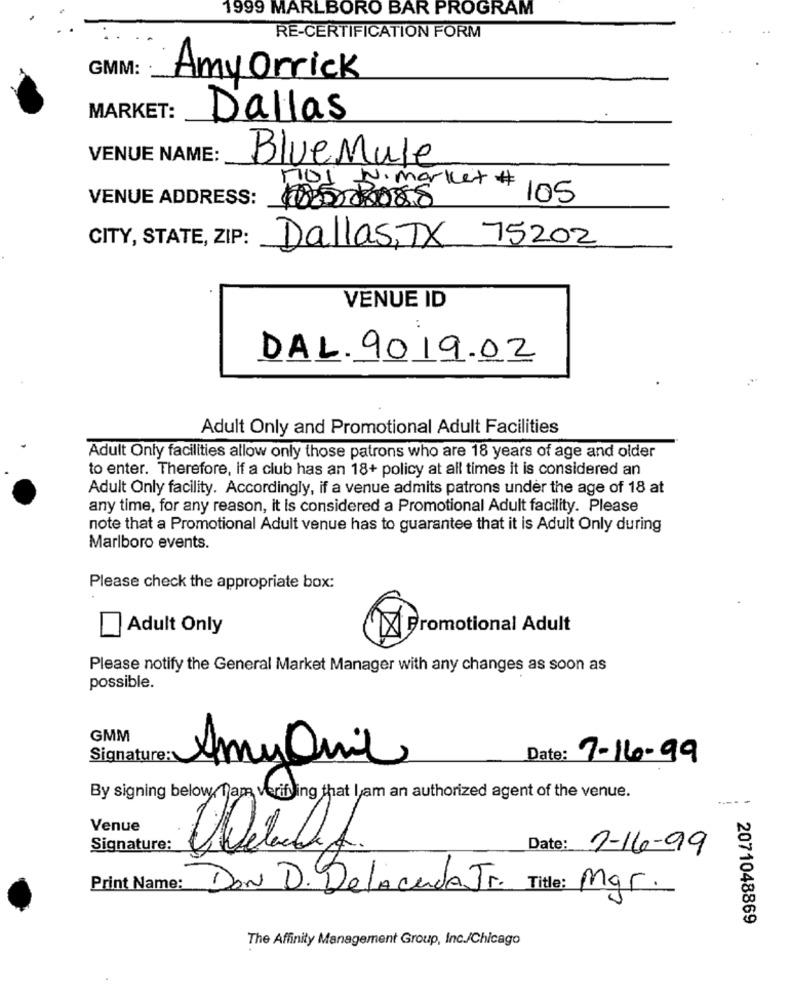
1999 MARLBORO BAR PROGRAM
RE-CERTIFICATION FORM
GMM:
Amy Orrick
MARKET:
Dallas
VENUE NAME:
Blue Mule
MOI N. market #
VENUE ADDRESS:
105
CITY, STATE, ZIP:
Dallas, TX 75202
VENUE ID
DAL. 9019.02
Adult Only and Promotional Adult Facilities
Adult Only facilities allow only those patrons who are 18 years of age and older
to enter. Therefore, If a club has an 18+ policy at all times it is considered an
Adult Only facility. Accordingly, if a venue admits patrons under the age of 18 at
any time, for any reason, it is considered a Promotional Adult facility. Please
note that a Promotional Adult venue has to guarantee that it is Adult Only during
Marlboro events.
Please check the appropriate box:
Adult Only
X Promotional Adult
Please notify the General Market Manager with any changes as soon as
possible.
GMM
Signature:
AmyQuil
Date: 7-16-99
By signing below 1)am verifyling that I am an authorized agent of the venue.
-----
Venue
Signature:
Date: 7-16-99
Print Name:
Don D. Delacerda Jr. Title: Mgr.
2071048869
The Affinity Management Group, Inc./Chicago